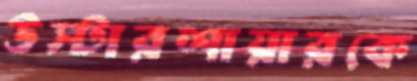
উস্টারশায়ারকে